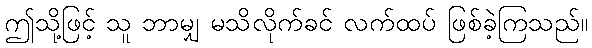
ဤသို့ဖြင့် သူ ဘာမျှ မသိလိုက်ခင် လက်ထပ် ဖြစ်ခဲ့ကြသည်။